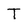
Character: T